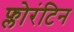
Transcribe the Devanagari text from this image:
फ्लोरंटिन